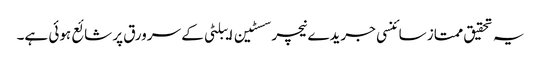
یہ تحقیق ممتاز سائنسی جریدے نیچر سسٹین ایبلٹی کے سرورق پر شائع ہوئی ہے۔